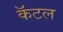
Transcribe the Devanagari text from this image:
कॅटल